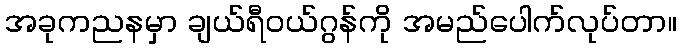
အခုကညနမှာ ချယ်ရီဝယ်ဂွန်ကို အမည်ပေါက်လုပ်တာ။